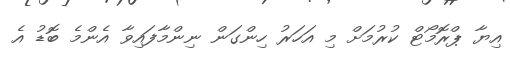
އިޔާ ޕްރޮމޯޓް ކުރުމަށް މި އަހަރު ހިންގަން ނިންމާފައިވާ އެންމެ ބޮޑު އެ